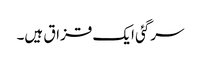
سرگئی ایک قزاق ہیں۔